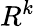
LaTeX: R^{k}